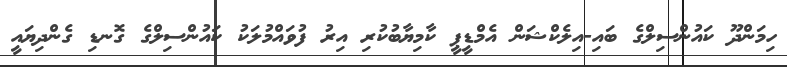
ހިމަންދޫ ކައުންސިލްގެ ބައި-އިލެކްޝަން އެމްޑީޕީ ކާމިޔާބުކުރި އިރު ފުވައްމުލަކު ކައުންސިލްގެ ގޮނޑި ގެންދިޔައީ